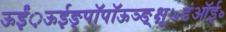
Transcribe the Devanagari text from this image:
ऊईं़ऊईङ्पॉपॉऊञ्ङ़़्क्षू७डंऑई॰